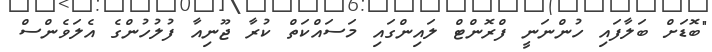
"ބޮޑަށް ބަލާފައި ހުންނަނީ ފްރޮންޓް ލައިންގައި މަސައްކަތް ކުރާ ޖޫނިއާ ފުލުހުންގެ އެލަވެންސް